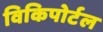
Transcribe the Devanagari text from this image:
विकिपोर्टल